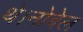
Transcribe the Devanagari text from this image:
थे।नोबेल